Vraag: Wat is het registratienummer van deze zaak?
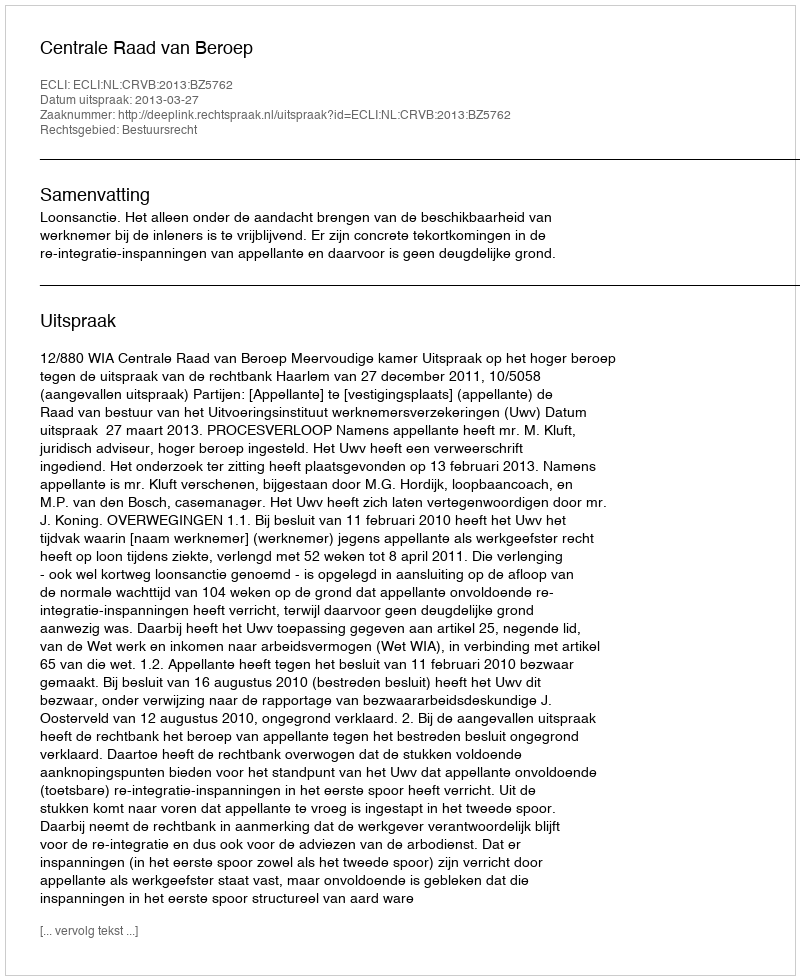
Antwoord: http://deeplink.rechtspraak.nl/uitspraak?id=ECLI:NL:CRVB:2013:BZ5762